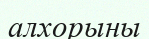
алхорыны